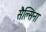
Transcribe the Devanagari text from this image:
सैल्सिना